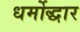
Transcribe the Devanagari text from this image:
धर्मोद्धार